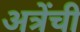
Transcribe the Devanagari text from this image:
अत्रेंची